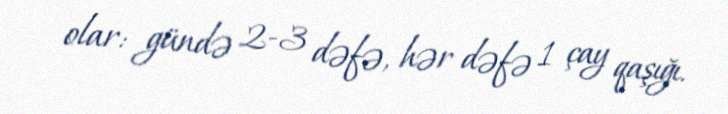
olar: gündə 2-3 dəfə, hər dəfə 1 çay qaşığı.